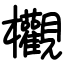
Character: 欟